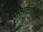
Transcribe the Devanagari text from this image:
धर्ममार्तंडांशी